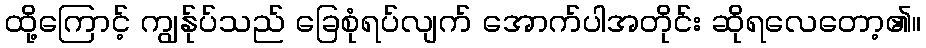
ထို့ကြောင့် ကျွန်ုပ်သည် ခြေစုံရပ်လျက် အောက်ပါအတိုင်း ဆိုရလေတော့၏။